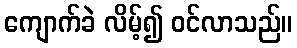
ကျောက်ခဲ လိမ့်၍ ဝင်လာသည်။